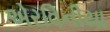
એરવિનીયા